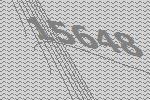
15648